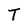
Character: T